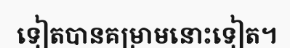
ទៀតបានគម្រាមនោះទៀត។